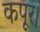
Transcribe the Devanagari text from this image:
कपूर।